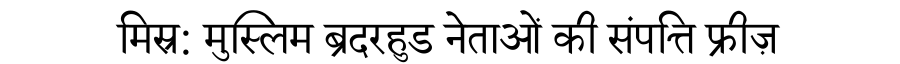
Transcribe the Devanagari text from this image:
मिस्र: मुस्लिम ब्रदरहुड नेताओं की संपत्ति फ्रीज़